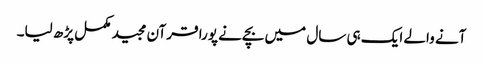
آنے والے ایک ہی سال میں بچےنے پورا قرآن مجید مکمل پڑھ لیا۔